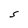
Character: S